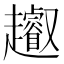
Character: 𧾩